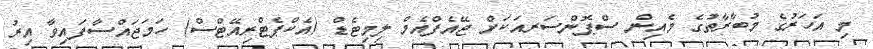
މި އަހަރުގެ މުބާރާތުގެ މެއިން ސްޕޮންސަރއަކަށް ޖޭއެފްއެމް ލިމިޓެޑް (އެކްޕެޓްރިއޭޓްސް) ހަމަޖައްސާފައިވާ އިރު